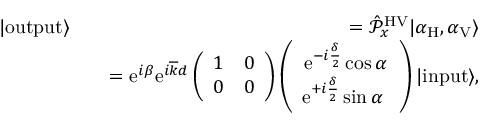
\begin{array} { r l r } { | \mathrm { o u t p u t } \rangle } & { } & { = \hat { \mathcal P } _ { x } ^ { \mathrm { H V } } | \alpha _ { \mathrm { H } } , \alpha _ { \mathrm { V } } \rangle } \\ & { } & { = \mathrm { e } ^ { i \beta } \mathrm { e } ^ { i \overline { { k } } d } \left( \begin{array} { c c } { 1 } & { 0 } \\ { 0 } & { 0 } \end{array} \right) \left( \begin{array} { c } { \mathrm { e } ^ { - i \frac { \delta } { 2 } } \cos \alpha } \\ { \mathrm { e } ^ { + i \frac { \delta } { 2 } } \sin \alpha \ } \end{array} \right) | \mathrm { i n p u t } \rangle , } \end{array}